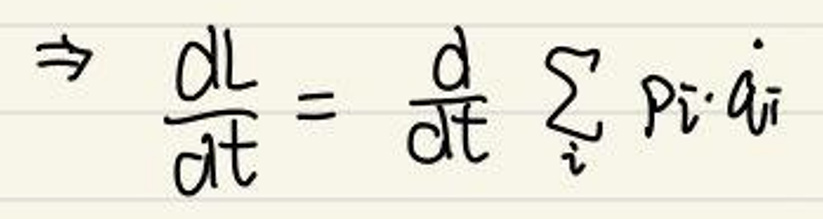
\(\Rightarrow \frac{dL}{dt} = \frac{d}{dt} \sum_i p_i \cdot \dot{a}_i\)